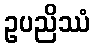
ဥပညိဿံ